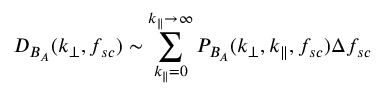
D _ { B _ { A } } ( k _ { \perp } , f _ { s c } ) \sim \sum _ { k _ { \parallel } = 0 } ^ { k _ { \parallel } \rightarrow \infty } P _ { B _ { A } } ( k _ { \perp } , k _ { \parallel } , f _ { s c } ) \Delta f _ { s c }